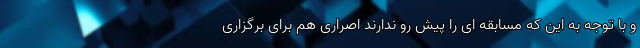
و با توجه به این که مسابقه ای را پیش رو ندارند اصراری هم برای برگزاری